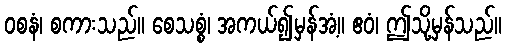
ဝစနံ၊ စကားသည်။ စေသစ္စံ၊ အကယ်၍မှန်အံ့။ ဧဝံ၊ ဤသို့မှန်သည်။